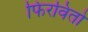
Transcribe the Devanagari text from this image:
फिरवितो